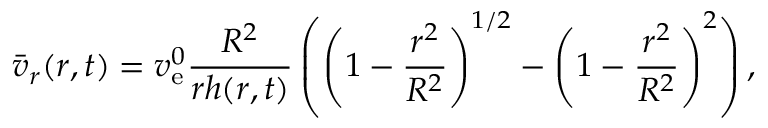
\bar { v } _ { r } ( r , t ) = v _ { \mathrm { e } } ^ { 0 } \frac { R ^ { 2 } } { r h ( r , t ) } \left( \left( 1 - \frac { r ^ { 2 } } { R ^ { 2 } } \right) ^ { 1 / 2 } - \left( 1 - \frac { r ^ { 2 } } { R ^ { 2 } } \right) ^ { 2 } \right) ,